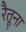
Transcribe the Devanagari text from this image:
रैतूना